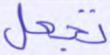
تجعل